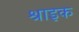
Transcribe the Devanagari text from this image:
श्राइक